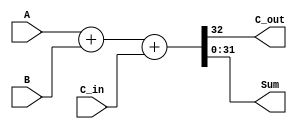
module adder32bit(A,B,C_in,C_out,Sum);
input [31:0] A;
input [31:0] B;
input C_in;
output reg [31:0] Sum;
output reg  C_out;

always @( A or B or C_in) begin

	{C_out,Sum} = A+B+C_in;

end
	
endmodule